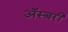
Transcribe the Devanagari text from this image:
अॅस्बरी